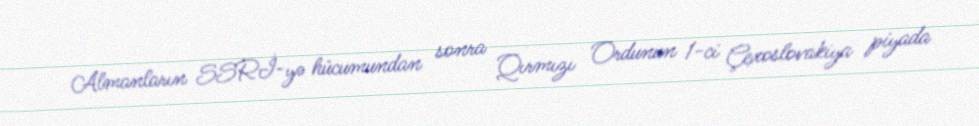
Almanların SSRİ-yə hücumundan sonra Qırmızı Ordunun 1-ci Çexoslovakiya piyada